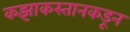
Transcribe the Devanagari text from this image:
कझाकस्तानकडून